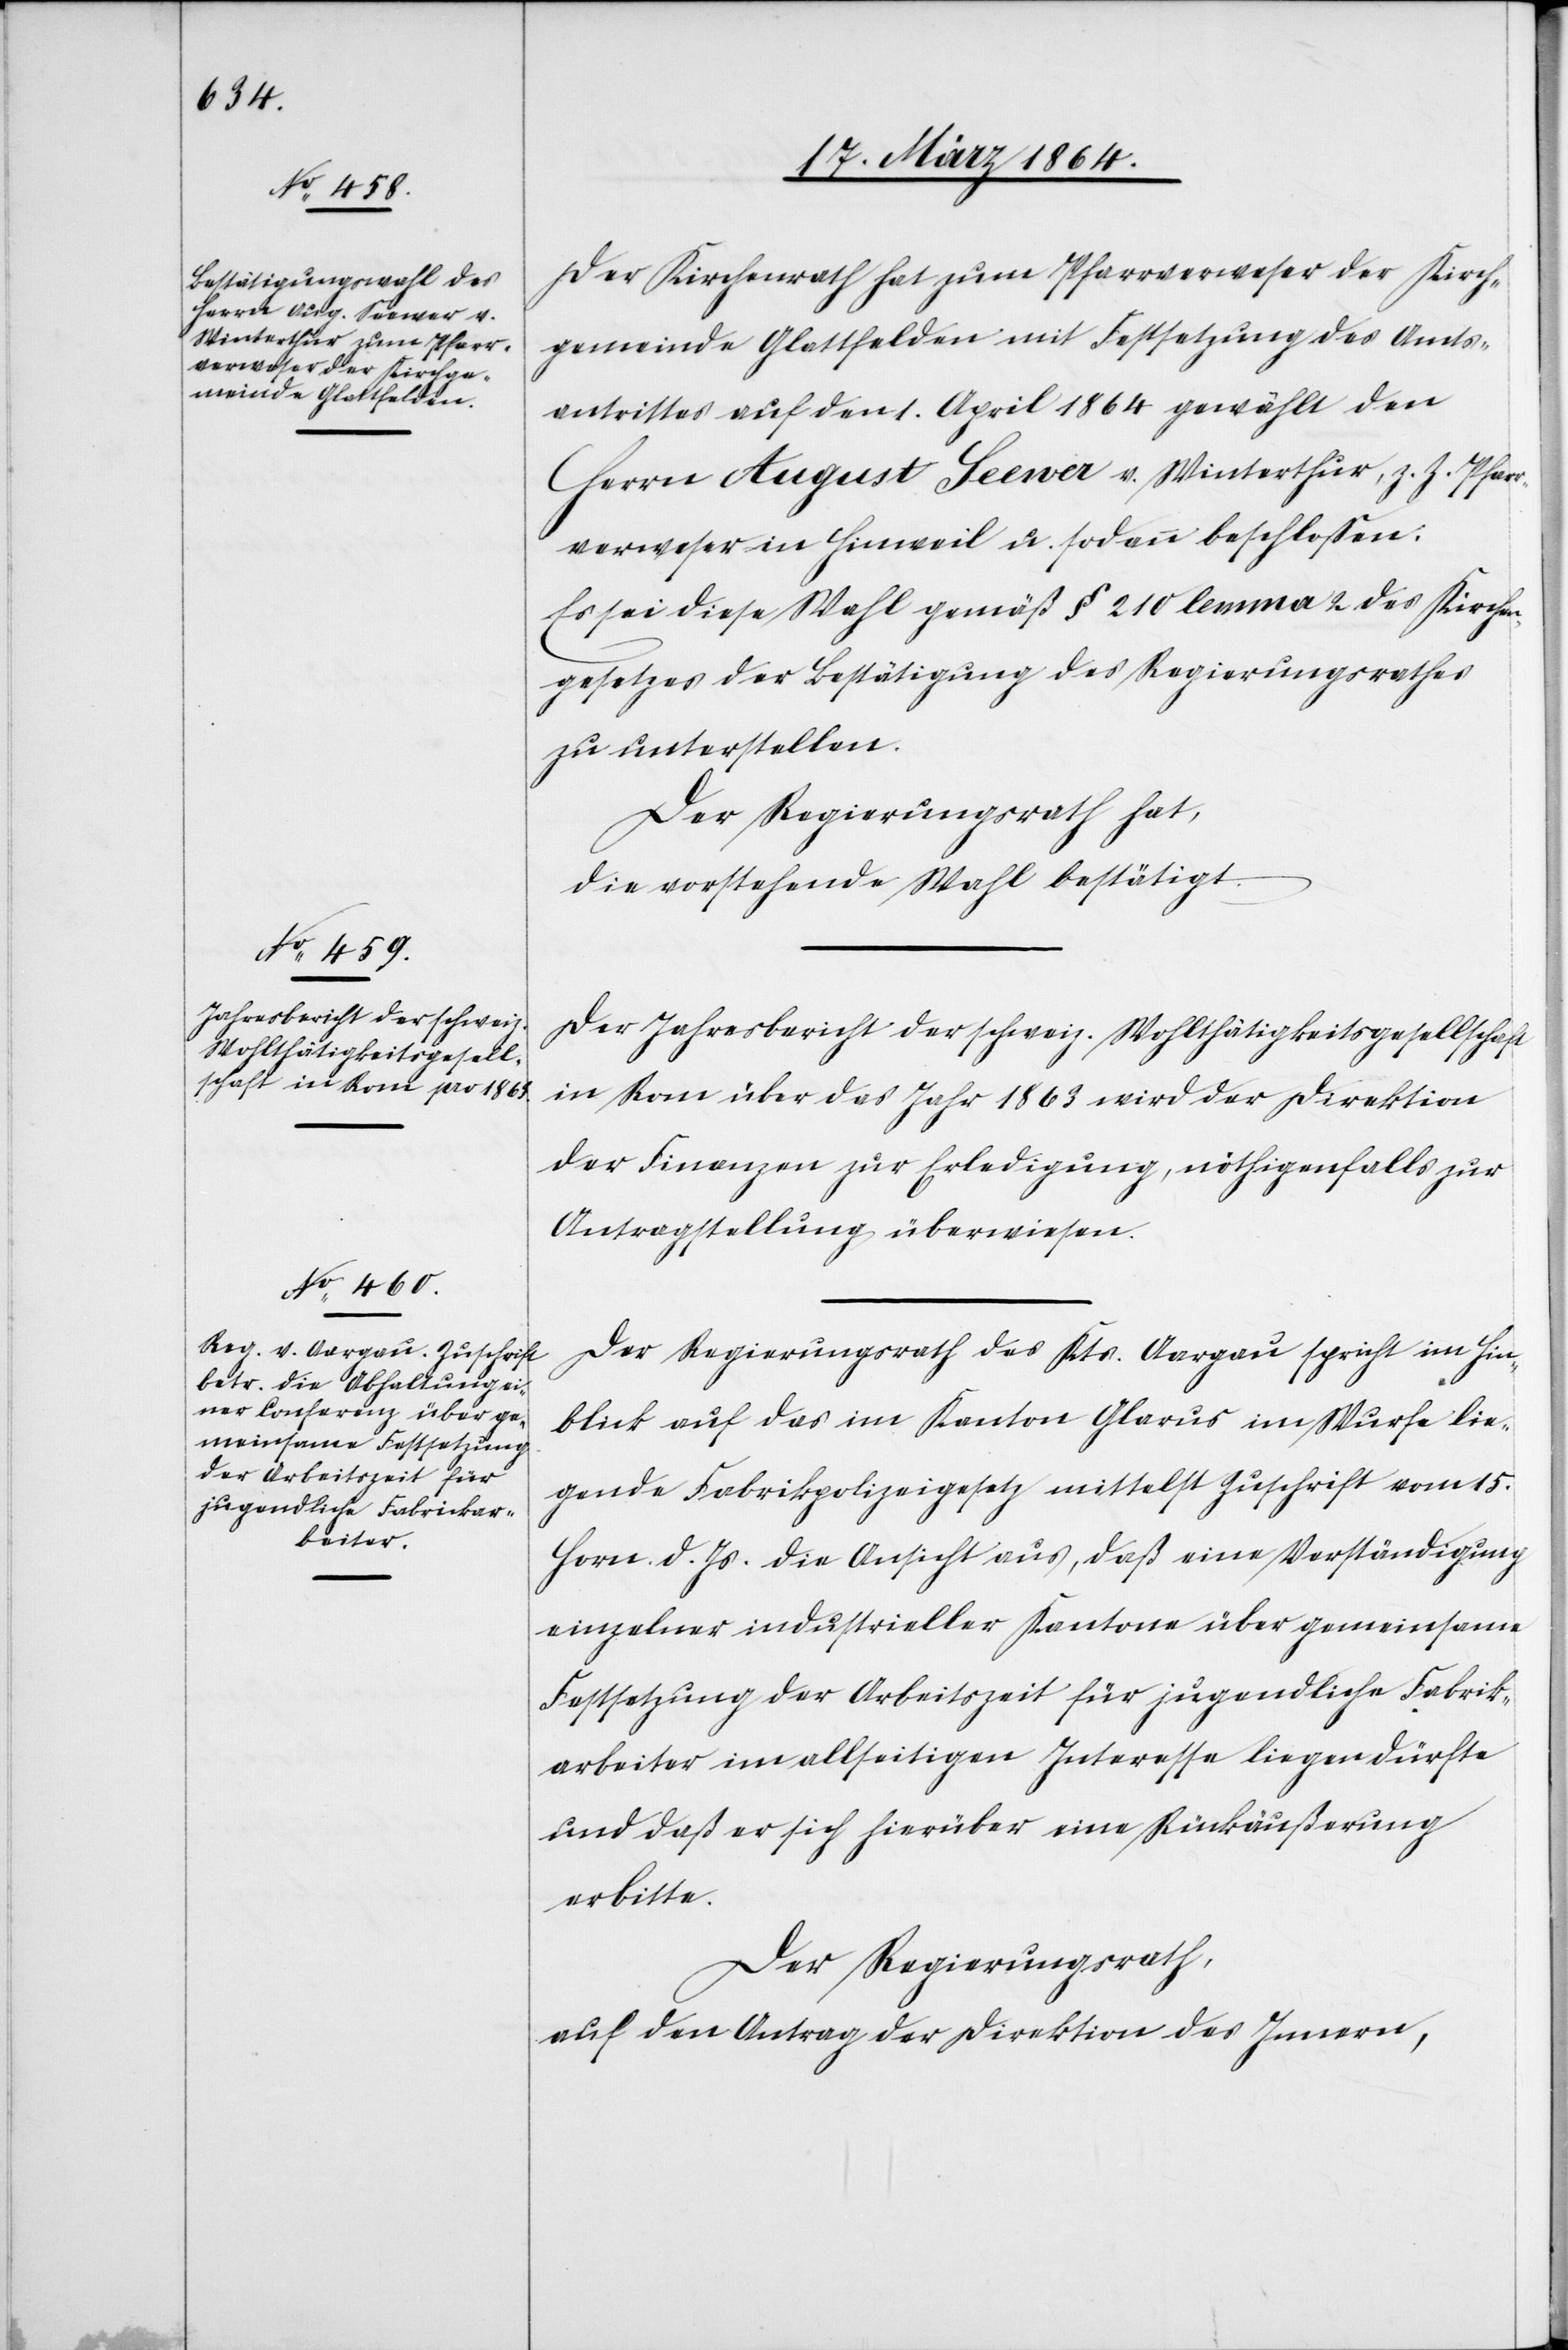
Der Kirchenrath hat zum Pfarrverweser der Kirch¬
gemeinde Glattfelden mit Festsetzung des Amts¬
antrittes auf den 1. April 1864 gewählt den
Herrn August Seewer v. Winterthur, z. Z. Pfarr¬
verweser in Hinweil u. sodann beschlossen:
Es sei diese Wahl gemäß § 210 lemma 2 des Kirchen¬
gesetzes der Bestätigung des Regierungsrathes
zu unterstellen.
Der Regierungsrath hat,
die vorstehende Wahl bestätigt.
Der Jahresbericht der schweiz. Wohlthätigkeitsgesellschaft
in Rom über das Jahr 1863 wird der Direktion
der Finanzen zur Erledigung, nöthigenfalls zur
Antragstellung überwiesen.
Der Regierungsrath des Kts. Aargau spricht im Hin¬
blick auf das im Kanton Glarus im Wurfe lie¬
gende Fabrikpolizeigesetz mittelst Zuschrift vom 15.
Horn. d. Js. die Ansicht aus, daß eine Verständigung
einzelner industrieller Kantone über gemeinsame
Festsetzung der Arbeitszeit für jugendliche Fabrik¬
arbeiter im allseitigen Interesse liegen dürfte
und daß er sich hierüber eine Rückäußerung
erbitte.
Der Regierungsrath,
auf den Antrag der Direktion des Innern,